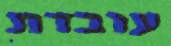
עובדת